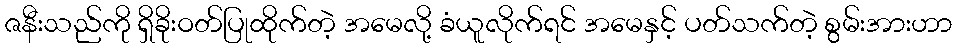
ဇနီးသည်ကို ရှိခိုးဝတ်ပြုထိုက်တဲ့ အမေလို့ ခံယူလိုက်ရင် အမေနှင့် ပတ်သက်တဲ့ စွမ်းအားဟာ